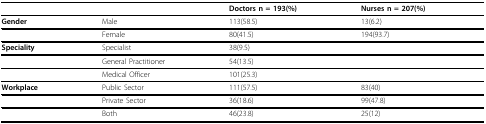
<table><thead><tr><td></td><td></td><td><b>Doctors n = 193(%)</b></td><td><b>Nurses n = 207(%)</b></td></tr></thead><tbody><tr><td><b>Gender</b></td><td>Male</td><td>113(58.5)</td><td>13(6.2)</td></tr><tr><td></td><td>Female</td><td>80(41.5)</td><td>194(93.7)</td></tr><tr><td><b>Speciality</b></td><td>Specialist</td><td>38(9.5)</td><td></td></tr><tr><td></td><td>General Practitioner</td><td>54(13.5)</td><td></td></tr><tr><td></td><td>Medical Officer</td><td>101(25.3)</td><td></td></tr><tr><td><b>Workplace</b></td><td>Public Sector</td><td>111(57.5)</td><td>83(40)</td></tr><tr><td></td><td>Private Sector</td><td>36(18.6)</td><td>99(47.8)</td></tr><tr><td></td><td>Both</td><td>46(23.8)</td><td>25(12)</td></tr></tbody></table>